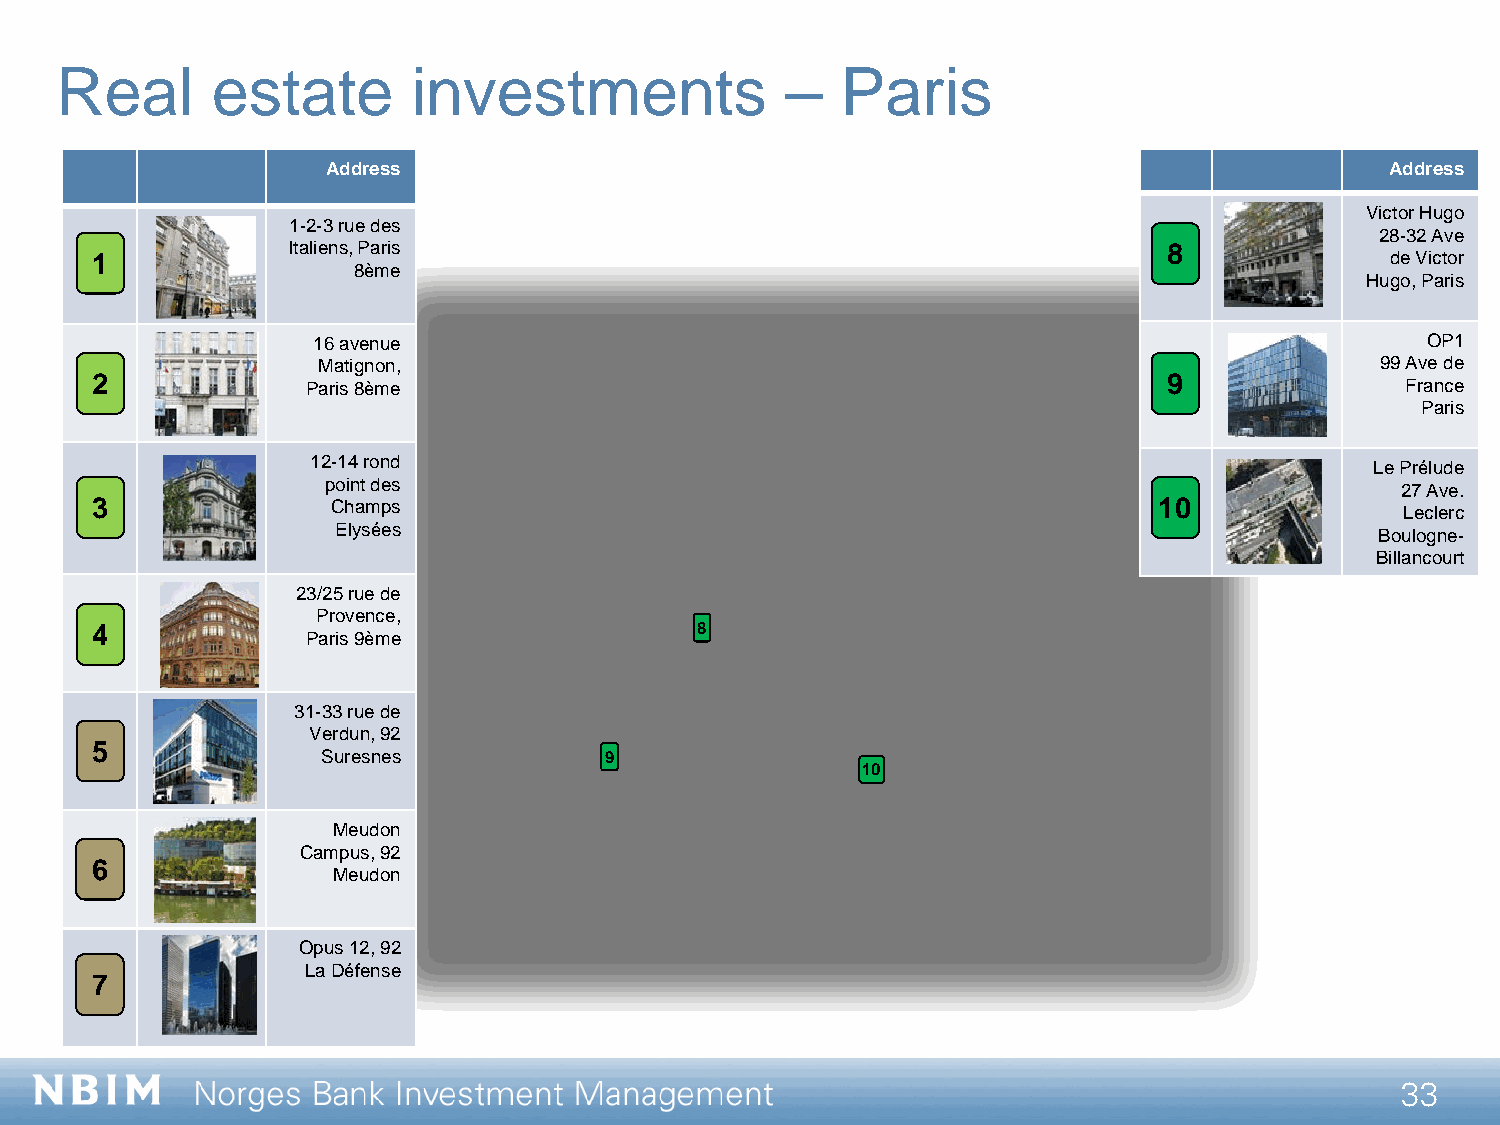
Real      estate       investments              –   Paris
 Address                                                               Address
 Victor Hugo
 1-2-3 rue des
 28-32 Ave
 1            Italiens, Paris                                           8              de Victor
 8ème
 Hugo, Paris
 16 avenue                                                                OP1
 Matignon,                                                             99 Ave de
 2             Paris 8ème                                               9               France
 Paris
 12-14 rond                                                            Le Prélude
 point des                                                              27 Ave.
 3               Champs                                                 10              Leclerc
 Elysées                                                              Boulogne-
 Billancourt
 23/25 rue de
 Provence,
 4             Paris 9ème                8
 31-33 rue de
 Verdun, 92
 5
 Suresnes           9
 10
 Meudon
 Campus, 92
 6
 Meudon
 Opus 12, 92
 La Défense
 7
 33